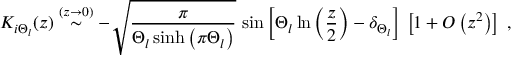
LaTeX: K _ { i \Theta _ { l } } ( z ) \stackrel { ( z \rightarrow 0 ) } { \sim } - \sqrt { \frac { \pi } { \Theta _ { l } \sinh \left( \pi \Theta _ { l } \right) } } \, \sin \left[ \Theta _ { l } \ln \left( \frac { z } { 2 } \right) - \delta _ { \Theta _ { l } } \right] \, \left[ 1 + O \left( z ^ { 2 } \right) \right] \; ,